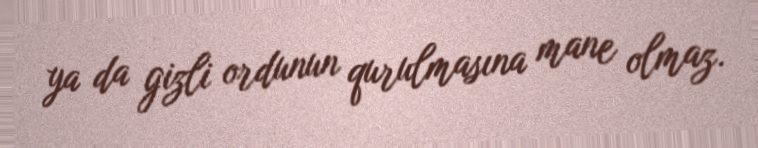
ya da gizli ordunun qurulmasına mane olmaz.